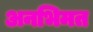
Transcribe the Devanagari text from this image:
अनभिमत